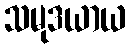
သမုဒယာယ